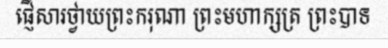
ផ្ញើសារថ្វាយព្រះករុណា ព្រះមហាក្សត្រ ព្រះបាទ